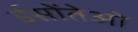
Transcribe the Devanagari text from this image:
ईसोंतेओ